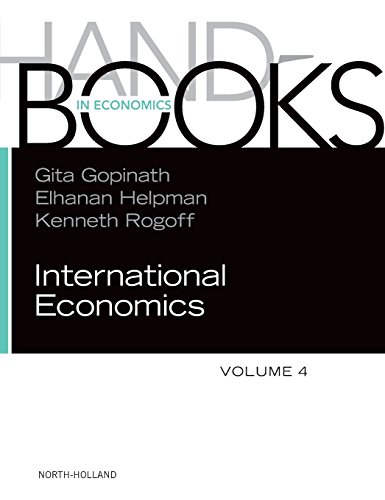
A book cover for Handbook of International Economics, Volume 4; Law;